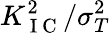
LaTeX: K_{\mathrm{~I~C~}}^{2}/\sigma_{T}^{2}